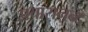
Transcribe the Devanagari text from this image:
प्रचारानन्द